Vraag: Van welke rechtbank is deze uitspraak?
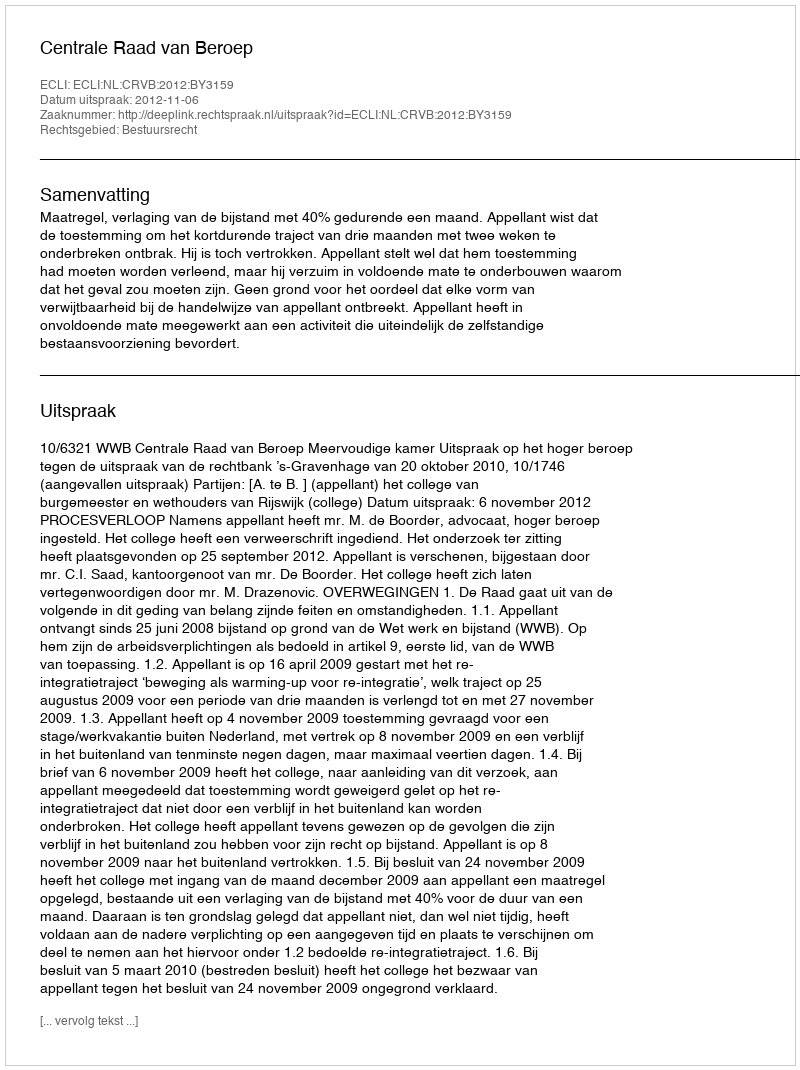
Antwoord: Centrale Raad van Beroep